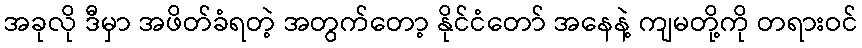
အခုလို ဒီမှာ အဖိတ်ခံရတဲ့ အတွက်တော့ နိုင်ငံတော် အနေနဲ့ ကျမတို့ကို တရားဝင်